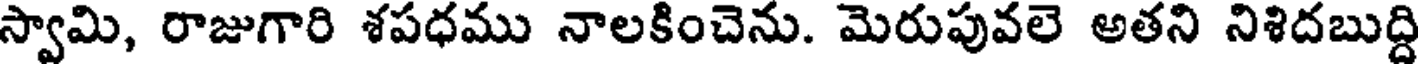
స్వామి, రాజుగారి శపధము నాలకించెను. మెరుపువలె అతని నిశిదబుద్ది